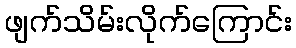
ဖျက်သိမ်းလိုက်ကြောင်း